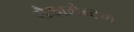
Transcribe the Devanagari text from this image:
सैक्रामेन्टम